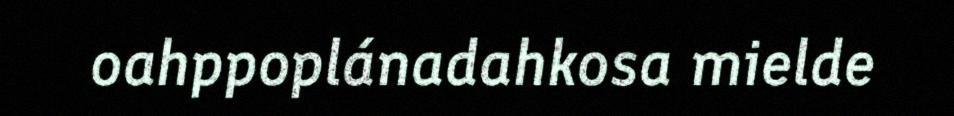
oahppoplánadahkosa mielde